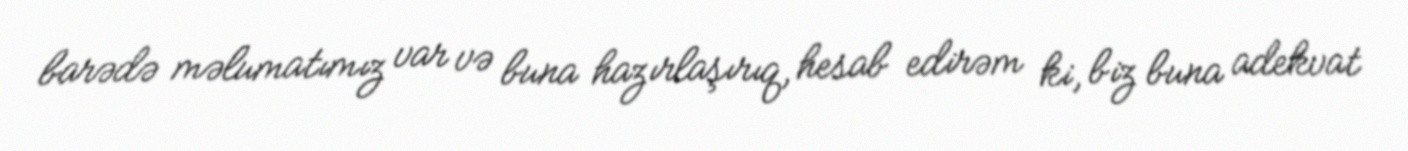
barədə məlumatımız var və buna hazırlaşırıq, hesab edirəm ki, biz buna adekvat